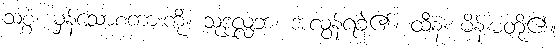
သစ္စံ၊ မှန်သောစကားကို။ သုဒုလ္လဘံ၊ အလွန်ရခဲ၏။ ထီနံ၊ မိန်းမတို့၏။